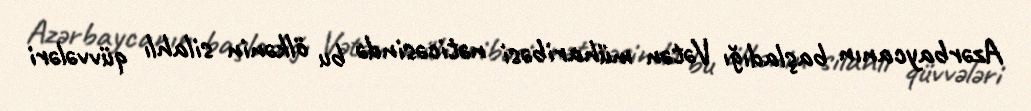
Azərbaycanın başladığı Vətən müharibəsi nəticəsində bu ölkənin silahlı qüvvələri